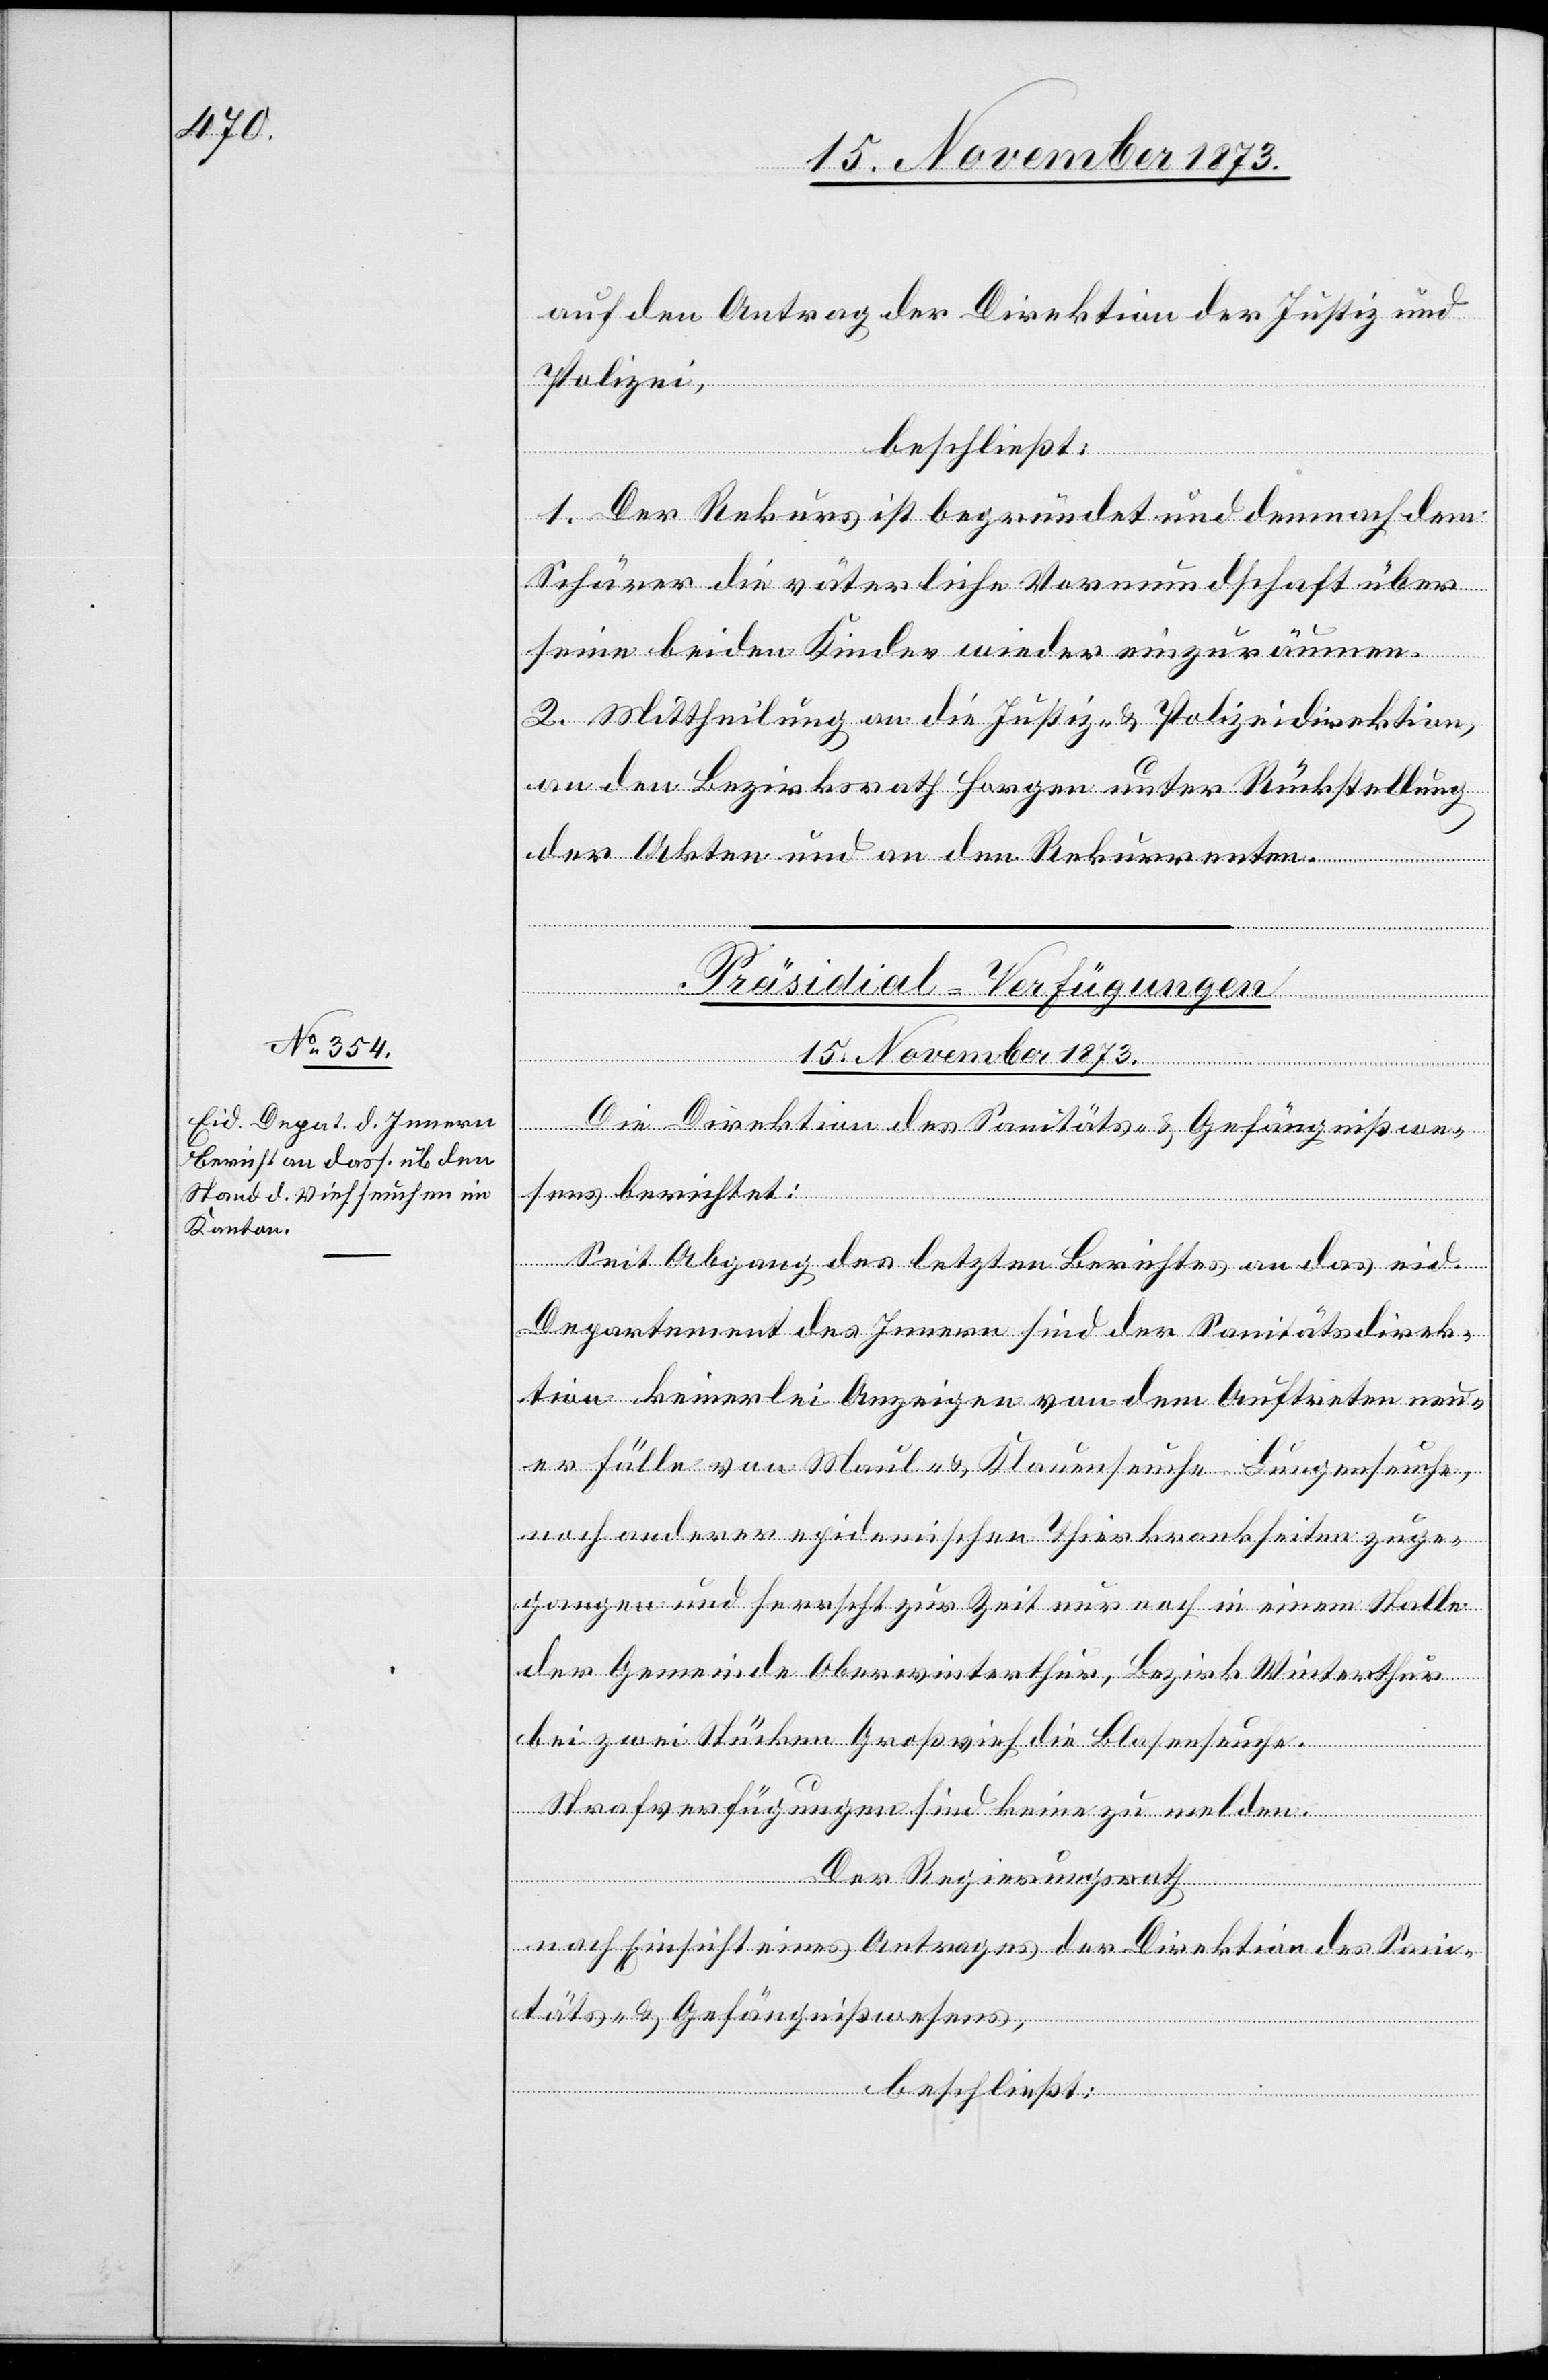
auf den Antrag der Direktion der Justiz und
Polizei,
beschließt:
1. Der Rekurs ist begründet und demnach dem
Schärer die väterliche Vormundschaft über
seine beiden Kinder wieder einzuräumen.
2. Mittheilung an die Justiz- & Polizeidirektion,
an den Bezirksrath Horgen unter Rückstellung
der Akten und an den Rekurrenten.
Präsidial-Verfügungen
15. November 1873.
Die Direktion des Sanitäts- & Gefängnißwe¬
sens berichtet:
Seit Abgang des letzten Berichtes an das eid.
Departement des Innern sind der Sanitätsdirek¬
tion keinerlei Anzeigen von dem Auftreten neu¬
er Fälle von Maul- & Klauenseuche Lungenseuche,
noch anderer epidemischen Thierkrankheiten zuge¬
gangen und herrscht zur Zeit nur noch in einem Stalle
der Gemeinde Oberwinterthur, Bezirk Winterthur
bei zwei Stücken Großvieh die Blasenseuche.
Strafverfügungen sind keine zu melden.
Der Regierungsrath
nach Einsicht eines Antrages der Direktion des Sani¬
täts- & Gefängnißwesens,
beschließt: